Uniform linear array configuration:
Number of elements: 48
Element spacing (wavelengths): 1
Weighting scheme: hamming
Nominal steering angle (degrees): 45
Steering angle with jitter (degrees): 44.35
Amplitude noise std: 0.05
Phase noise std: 0.05

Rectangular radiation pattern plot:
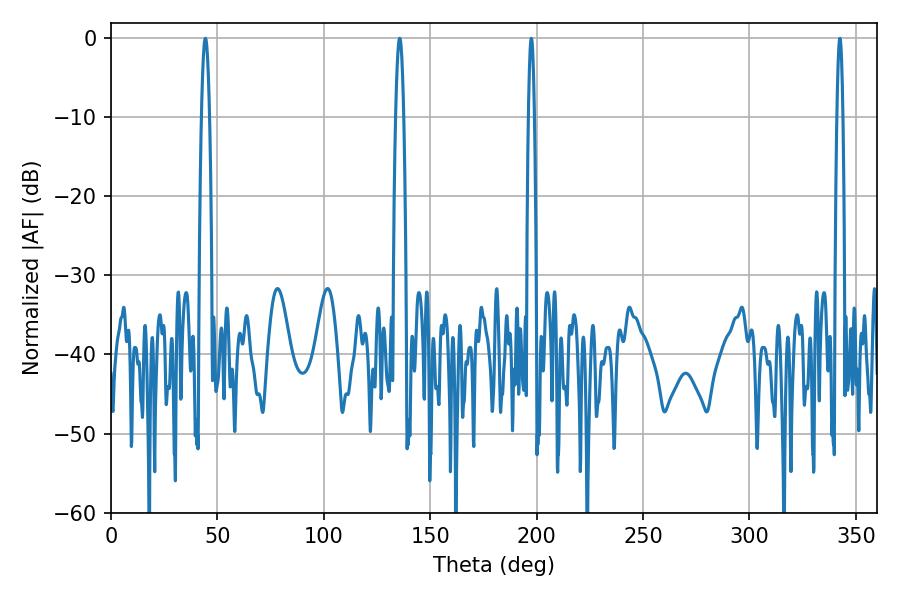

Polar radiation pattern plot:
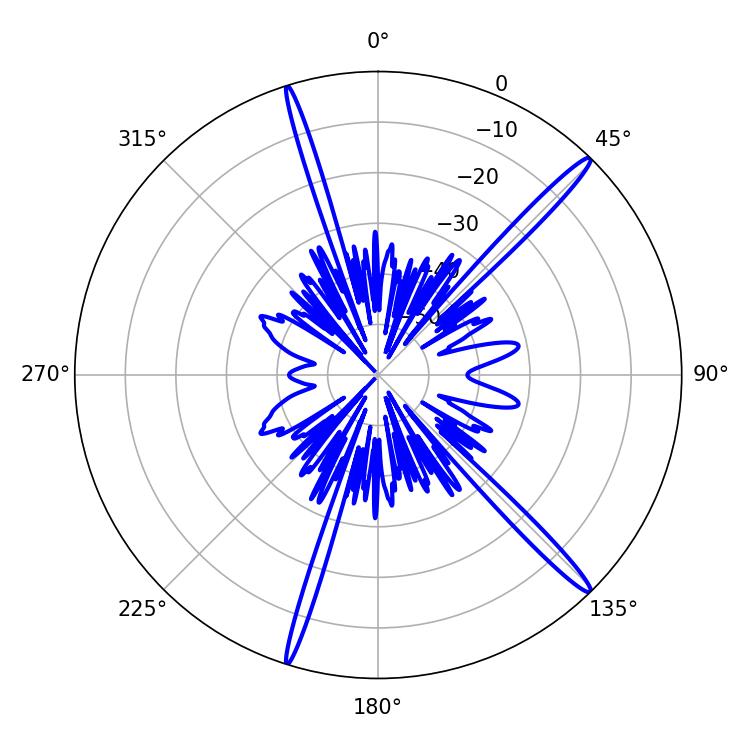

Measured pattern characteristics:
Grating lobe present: TRUE
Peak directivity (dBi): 17.207
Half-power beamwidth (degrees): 1.44
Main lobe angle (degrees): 197.46